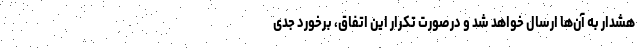
هشدار به آن‌ها ارسال خواهد شد و درصورت تکرار این اتفاق، برخورد جدی